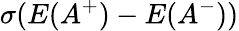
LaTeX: \sigma({E}(A^{+})-{E}(A^{-}))